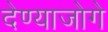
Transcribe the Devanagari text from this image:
देण्याजोगे